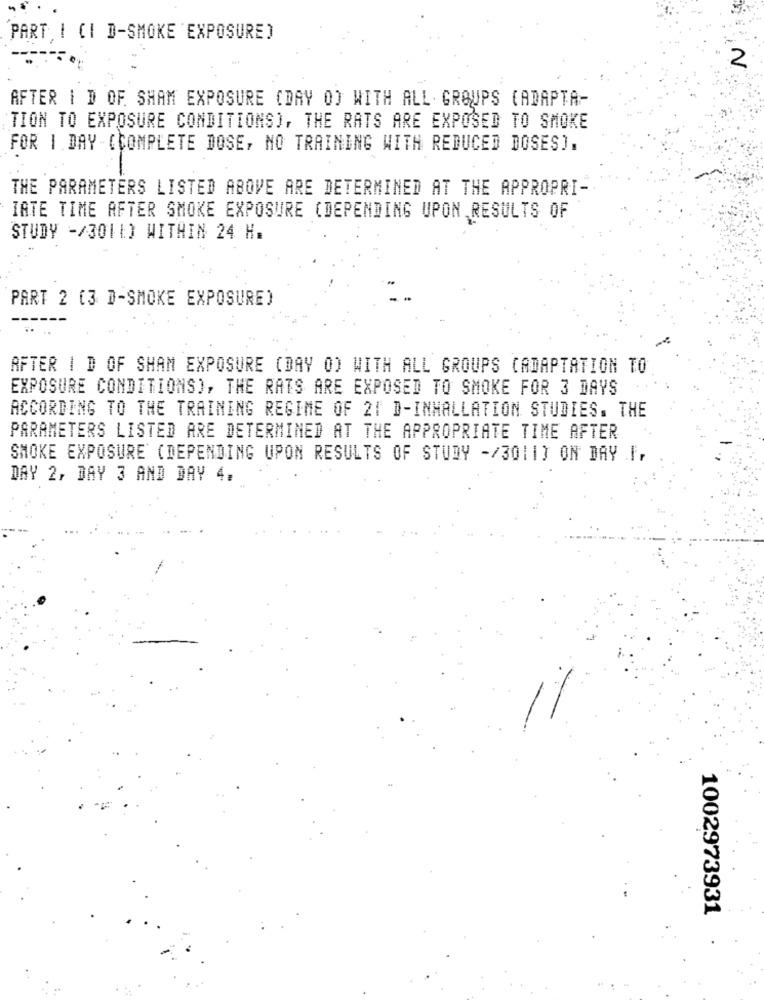
PART I CI D-SMOKE EXPOSURE)
2
AFTER | D OF. SHAM EXPOSURE (DAY O) WITH ALL GROUPS (ADAPTA-
TION TO EXPOSURE CONDITIONS), THE RATS ARE EXPOSED TO SMOKE
FOR 1 DAY -(COMPLETE DOSE, NO TRAINING WITH REDUCED DOSES).
THE PARAMETERS LISTED ABOVE ARE DETERMINED AT THE APPROPRI-
IATE TIME AFTER SMOKE EXPOSURE (DEPENDING UPON RESULTS OF
STUDY -/3011) WITHIN 24 H.
PART 2 (3 D-SMOKE EXPOSURE)
AFTER | D OF SHAM EXPOSURE (DAY O) WITH ALL GROUPS CADAPTATION TO
EXPOSURE CONDITIONS), THE RATS ARE EXPOSED TO SMOKE FOR 3 DAYS
ACCORDING TO THE TRAINING REGIME OF 21 D-INHALLATION STUDIES. THE
PARAMETERS LISTED ARE DETERMINED AT THE APPROPRIATE TIME AFTER
SMOKE EXPOSURE (DEPENDING UPON RESULTS OF STUDY -/3011] ON BAY I,
DAY 2, DAY 3 AND DAY 4.
1002973931